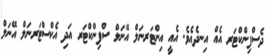
ދެސްފިންކްޓަރ އެއް އިނދެއެވެ. އެއީ އިންޓަރނަލް އޭނަލް ސްފިންކްޓަރ އަދި އެކްސްޓަރނަލް އޭނަލް